Rasina_vallavalitsus, lk 7
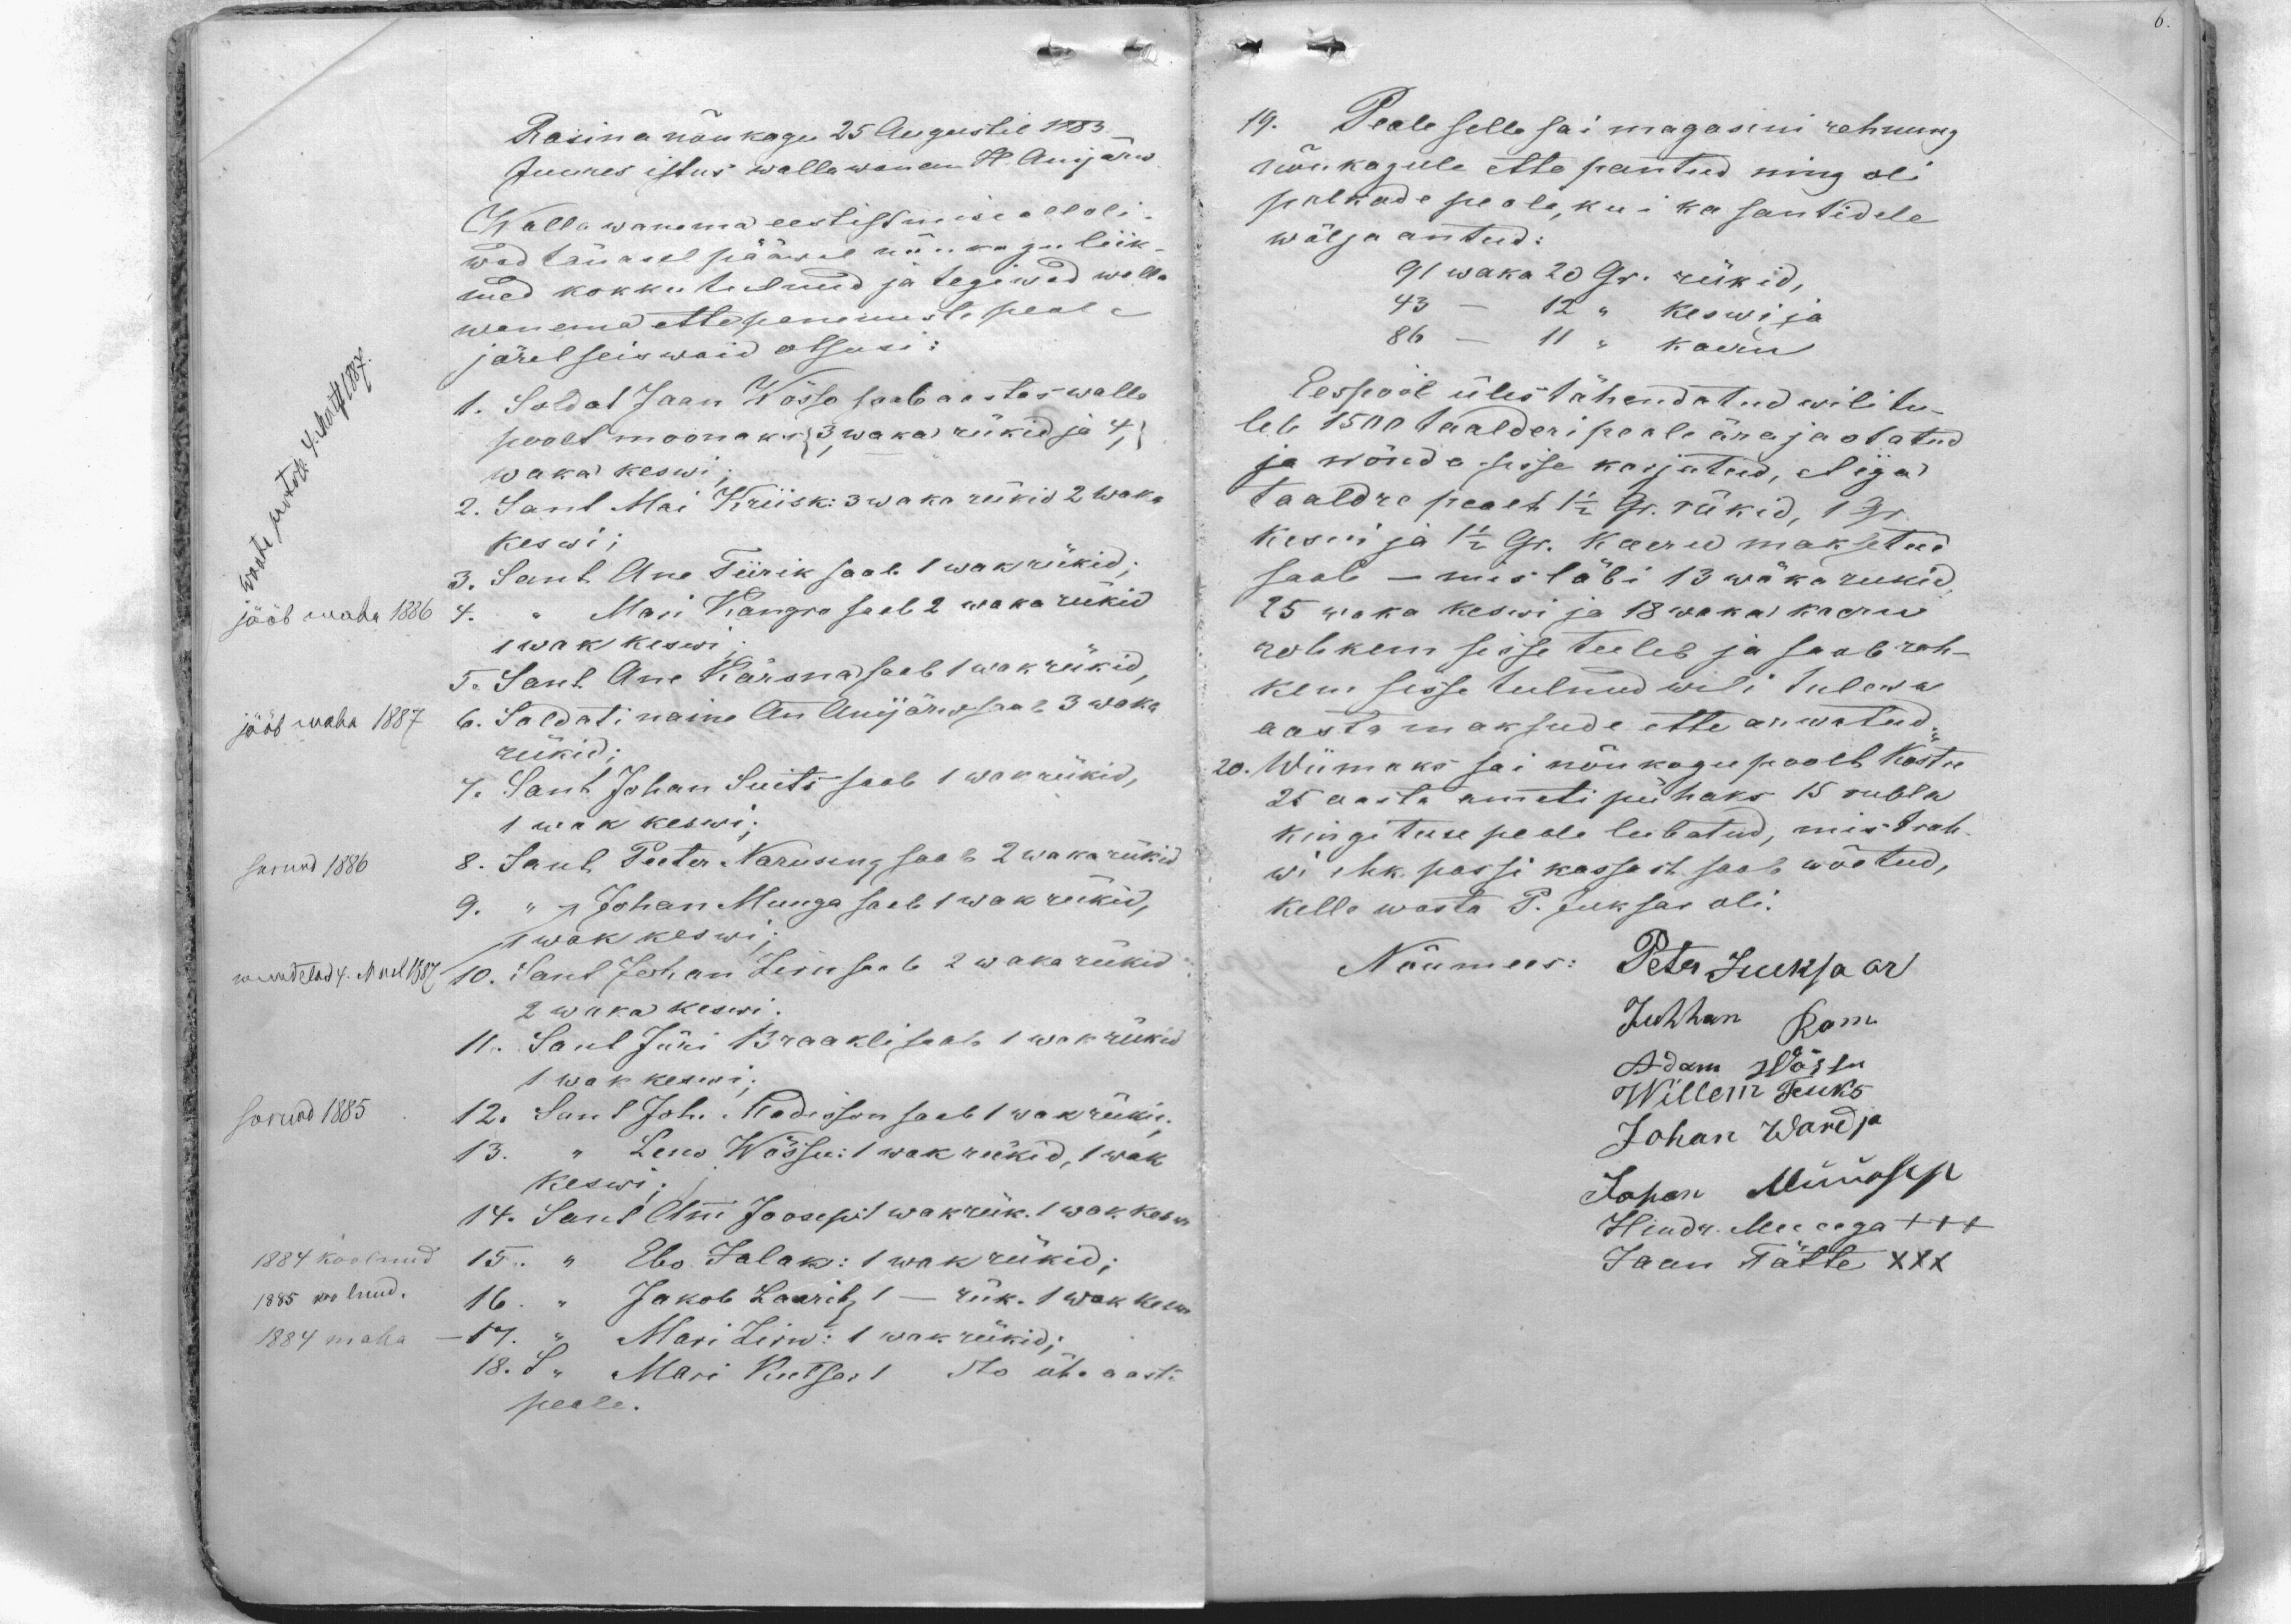
Rasina nõukogu 25 Augustil 1883.
Juures istus wallawanem H. Anijärw
Wallawanema eestistmise all oli
wad tänasel pääwal nõukoguliik-
med kokku tulnud ja tegiwad walla
wanema ettepanemiste peale
järelseiswaid otsusi:
1. Soldat Jaan Wõsso saab aastas walla
poolt moonaks {3, waka rükid ja 4,}
waka keswi;
2. Sant Mai Kriisk: 3 waka rükid 2 waka
keswi;
3. Sant Ane Tiirik saab 1 wak rükid;
jääb maha 1886 4. " Mari Kangro saab 2 waka rükid
1 wak keswi
5. Sant Ane Kärsna saab 1 wak rükid,
jääb maha 1887 6. Soldati naine Ann Anijärw saab 3 waka
rükid;
7. Sant Johan Suits saab 1 wak rükid,
1 wak keswi;
surnud 1886 8. Sant Peeter Naruseng saab 2 waka rükid
9. " Johan Munga saab 1 wak rükid,
1 wak keswi;
muudetud 4. Mail 1887 10. Sant Johan Zirk saab 2 waka rükid
2 waka keswi.
11. Sant Jüri Braakli saab 1 wak rükid
1 wak keswi;
surnud 1885 12. Sant Joh. Madisson saab 1 wak rükid;
13. " Leno Wõssu: 1 wak rükid, 1 wak
keswi;
14. Sant Anni Joosepi 1 wakrük. 1 wakkeswi
1884 koolnud 15. " Ebo Jalak: 1 wak rükid;
1885 koolnud. 16. " Jakob Laurits, 1 - rük. 1 wak keswi
1884 maha 17. " Mari Liiw: 1 wak rükid;
18. S " Mari Kutsar 1 do ühe aasta
peale.

19. Peale selle sai magasini rehnung
nõukogule ette pantud ning oli
palkade peale, kui ka santidele
wälja antud:
91 waka 20 Gr. rükid,
43 - 12 " keswi ja
86 - 11 " kaeru
Eespool üles tähendatud wili tu-
leb 1500 taalderi peale ärajaotatud
ja nõnda sisse korjatud, et iga
taaldre pealt 1 1/2 Gr. rükid, 1 Gr.
keswi ja 1 1/2 Gr. kaeru maksetud
saab - mis läbi 13 wäka rukid
25 waka keswi ja 18 waka kaeru
rohkem sisse tuleb ja saab roh-
kem sisse tulnud wili tulewa
aasta maksude ette arwatud.
20. Wiimaks sai nõukogu poolt köstre
25 aasta ameti pühaks 15 rubla
kingituse peale lubatud, mis trah-
wi ehk passi kassast saab wõetud,
kelle wasta P. Juksar oli.
Nõumees: Peter Jeuksaar
Juhhan Ram
Adam Wõssu
Willem Feuks
Johan Wardja
Johan Müürsep
Hindr. Muuga +++
Jaan Tätte XXX